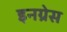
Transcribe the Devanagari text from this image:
इनग्रेस